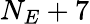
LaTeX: N_{E}+7